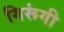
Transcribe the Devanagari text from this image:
गिरूंगी